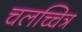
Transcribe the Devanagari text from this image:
चलच्चित्र